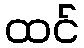
ထင်